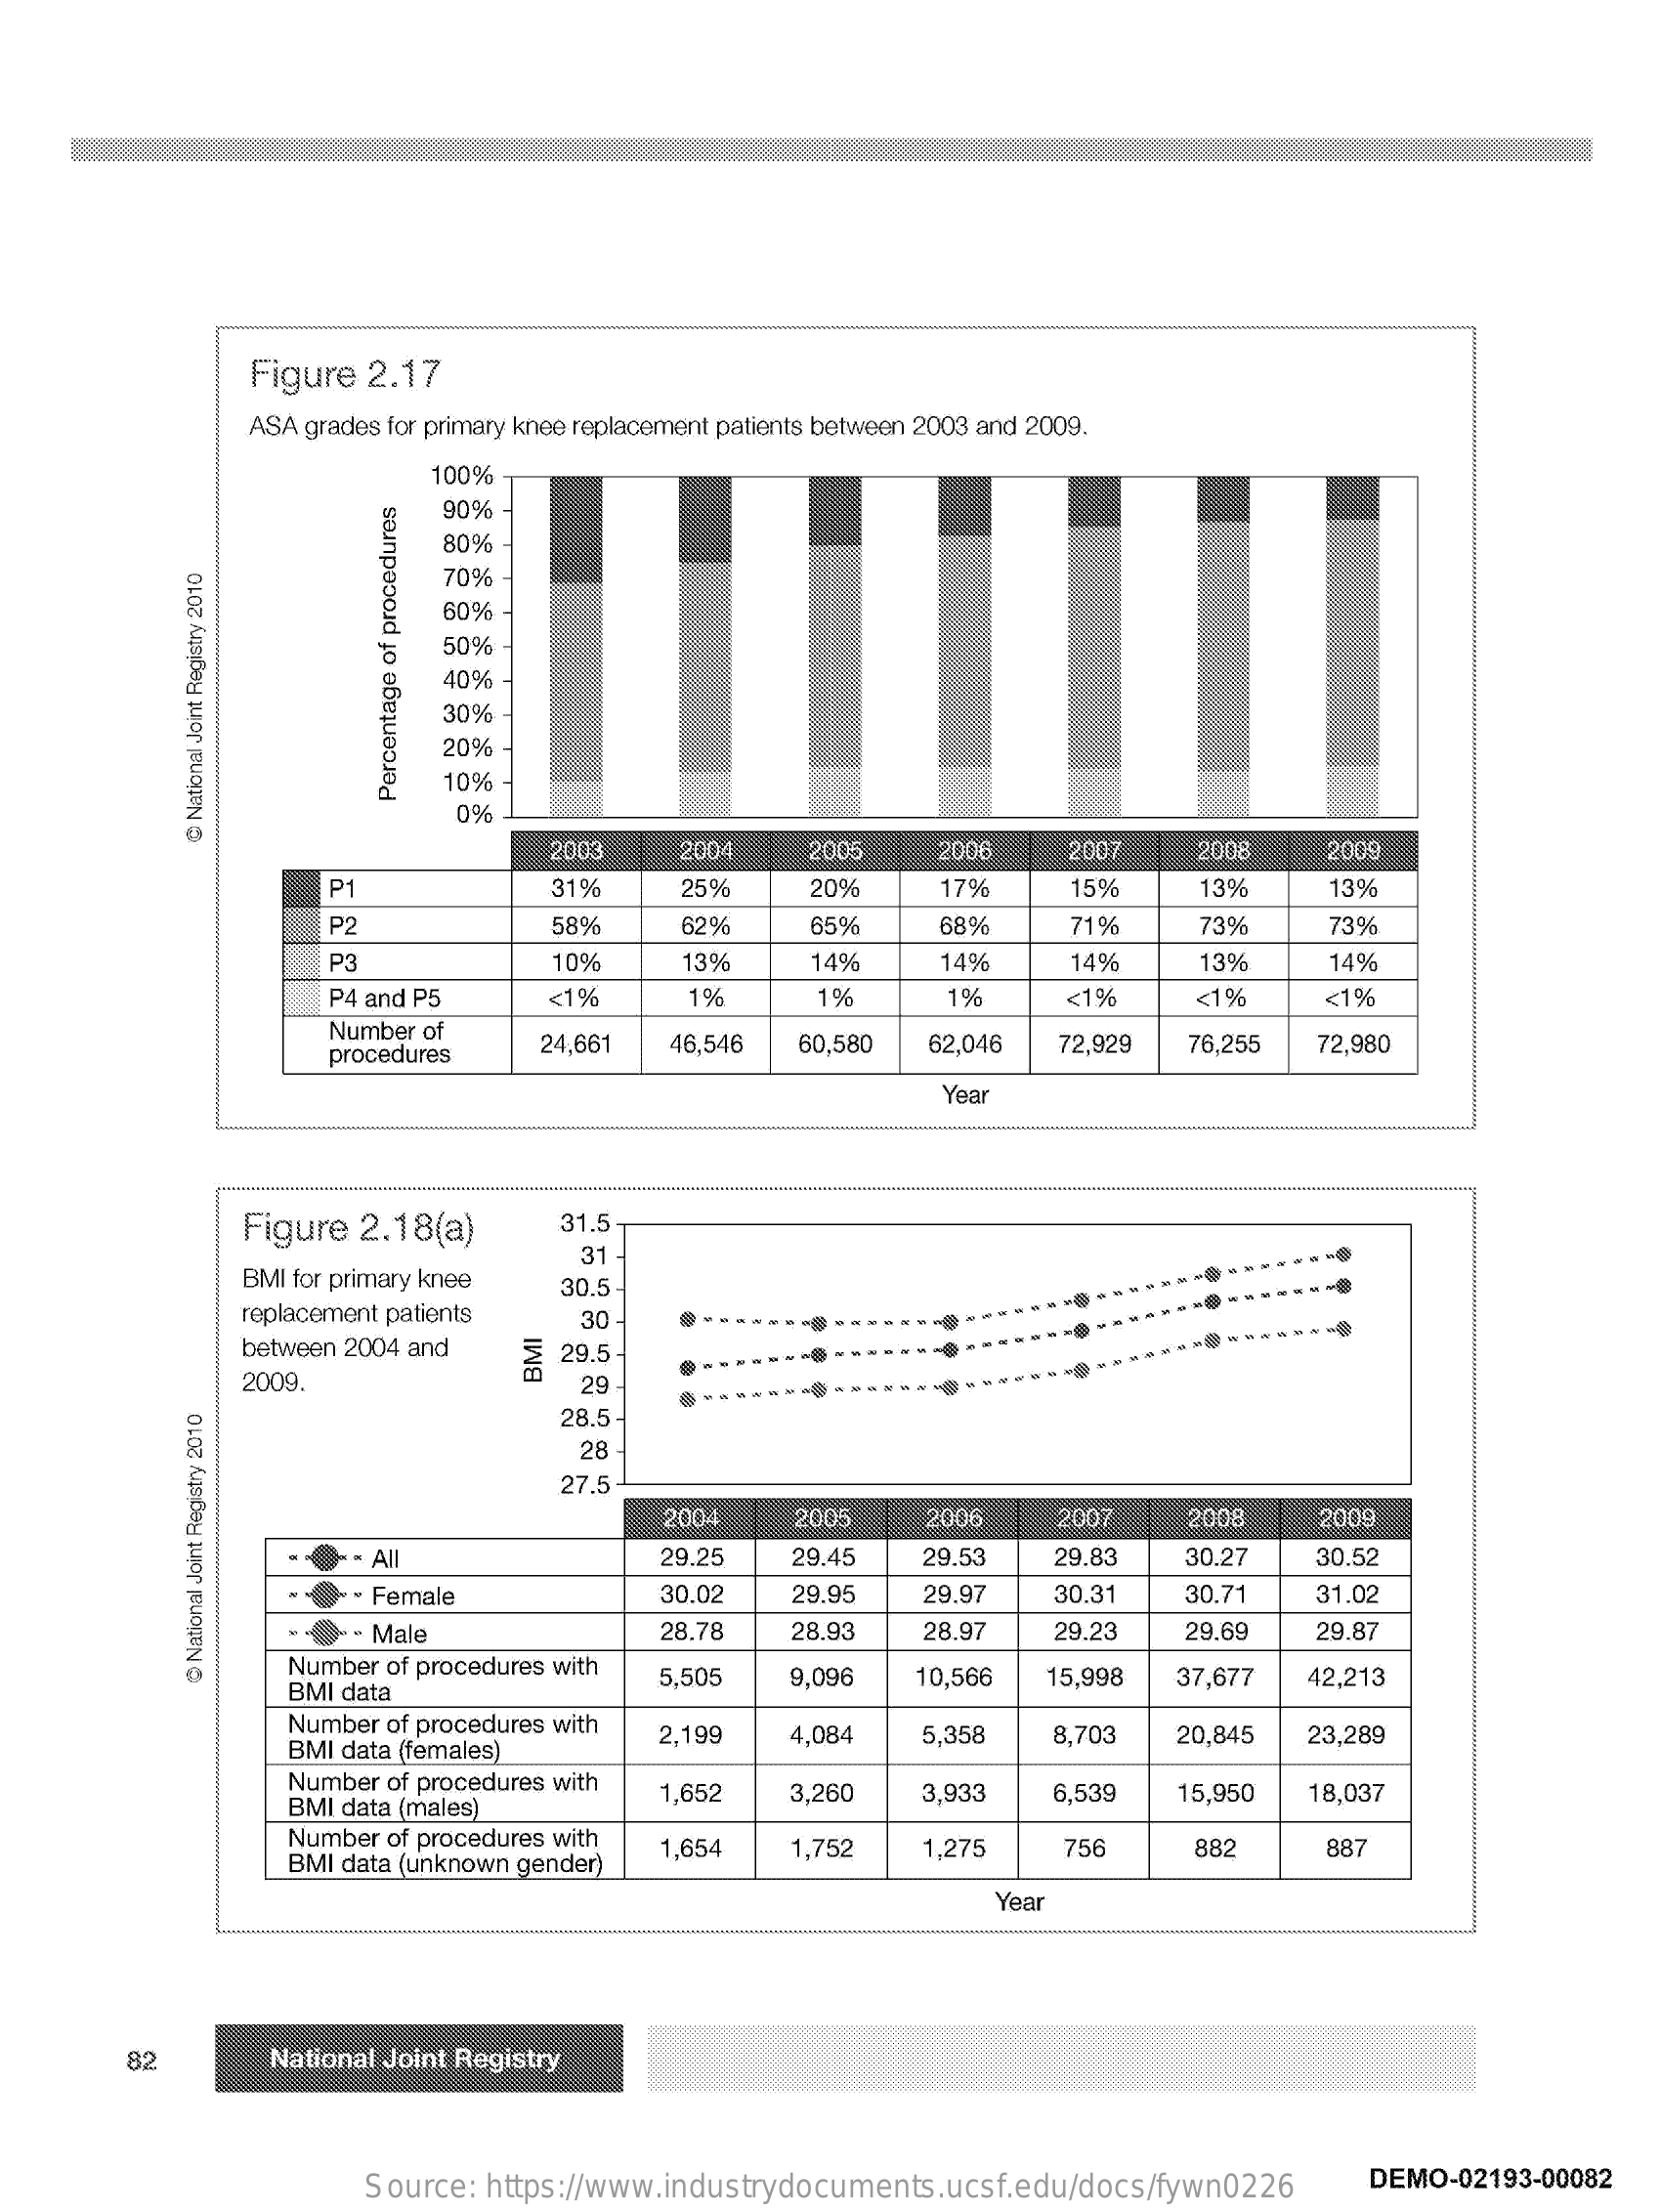
Figure 2.17
     ASA grades for primary knee replacement patients between 2003 and 2009.
     100%
     90%
     80%
     70%
     60%
     50%
     40%
     30%
     20%
     10%
     0%
     Percentage
     of
     procedures
     2003    004    2005    2006    2007    2008   2009
     @
     National
     Joint
     Registry
     2010
     P    31%    25%    20%    7%    15%    13%    13%
     P2    58%    62%    65%    689    71%    73%    73%
     P3    10%    13%    14%    14%    14%    13%    14%
     P4 and P5    <1%    1%    1%    1%    <1%    <1%    <1%
     Number of
     procedures
     24,661  46,546 60,580  62,046  72,929  76,255 72,980
     Year
     Figure 2.18(a)    31.5
     BMI for primary knee
     31
     30.5
     replacement patients
     between 2004 and
     30
     2009.
     = 29.5
     29
     28.5
     28
     27.5
     2004    2005    2006    2007    2008    2009
     = All    29.25   29.45   29.53   29.83   30.27   30.52
     .- Female    30.02   29.95   29.97   30.31   30.71   31.02
     - Male    28.78   28.93   28.97   29.23   29.69   29.87
     Number of procedures with
     BMI data
     5,505   9,096   10,566  15,998 37,677  42,213
     National
     Joint
     Registry
     2010
     Number of procedures with
     BMI data (females)
     2,199   4,084   5,358   8,703  20,845  23,289
     Number of procedures with
     BMI data (males)
     1,652   3,260   3,933   6,539  15,950  18,037
     Number of procedures with
     BMI data (unknown gender)
     1,654   1,752   1.275   756    882    887
     Year
     82    National Joint Registry
     Source: https://www.industrydocuments.ucsf.edu/docs/fywn0226 DEMO-02193-00082